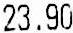
23.90